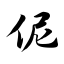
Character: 伲